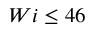
W i \leq 4 6